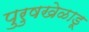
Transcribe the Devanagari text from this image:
पुरुषखेळाडू